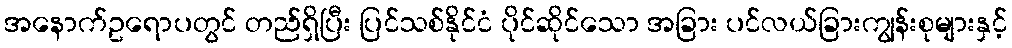
အနောက်ဥရောပတွင် တည်ရှိပြီး ပြင်သစ်နိုင်ငံ ပိုင်ဆိုင်သော အခြား ပင်လယ်ခြားကျွန်းစုများနှင့်